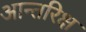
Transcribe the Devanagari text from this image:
आन्तरिक्ष